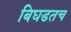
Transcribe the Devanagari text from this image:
बिघडतच